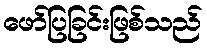
ဖော်ပြခြင်းဖြစ်သည်